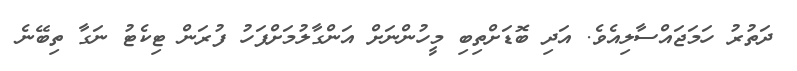
ދަތުރު ހަމަޖައްސާލިއެވެ. އަދި ބޮޑަށްތިބި މީހުންނަށް އަންގާލުމަށްފަހު ފުރަން ޓިކެޓު ނަގާ ތިބޭނެ